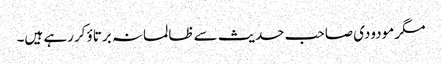
مگر مودودی صاحب حدیث سے ظالمانہ برتاؤ کررہے ہیں۔